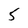
Character: 5